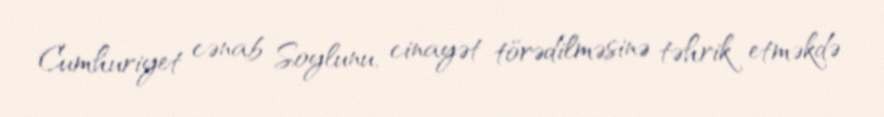
Cumhuriyet cənab Soylunu, cinayət törədilməsinə təhrik etməkdə